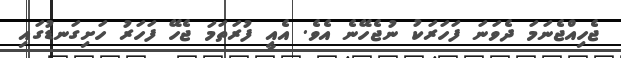
ޖެހިއްޖެނަމަ ދެވަނަ ފަހަރަކު ނުޖެހޭނެ އެވެ. އެއީ ފުރަތަމަ ޖެހޭ ފަހަރު ހަށިގަނޑުގައި